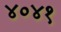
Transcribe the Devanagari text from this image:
४०४१